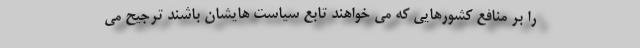
را بر منافع کشورهایی که می خواهند تابع سیاست هایشان باشند ترجیح می